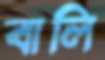
বালি